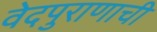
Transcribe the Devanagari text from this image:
वेदपुराणाची